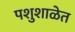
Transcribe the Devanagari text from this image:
पशुशाळेत